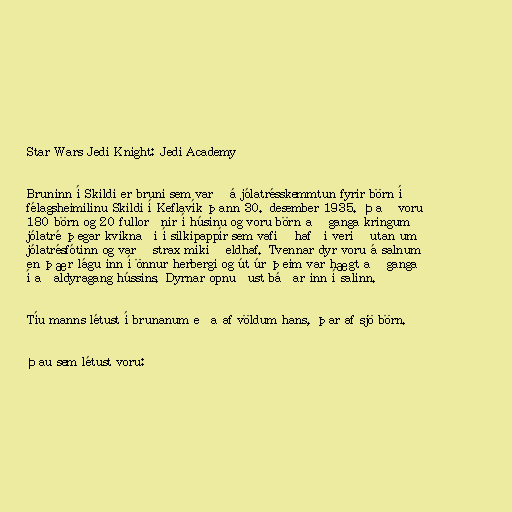
Star Wars Jedi Knight: Jedi Academy

Bruninn í Skildi er bruni sem varð á jólatrésskemmtun fyrir börn í
félagsheimilinu Skildi í Keflavík þann 30. desember 1935. Það voru
180 börn og 20 fullorðnir í húsinu og voru börn að ganga kringum
jólatré þegar kviknaði í silkipappír sem vafið hafði verið utan um
jólatrésfótinn og varð strax mikið eldhaf. Tvennar dyr voru á salnum
en þær lágu inn í önnur herbergi og út úr þeim var hægt að ganga
í aðaldyragang hússins. Dyrnar opnuðust báðar inn í salinn.

Tíu manns létust í brunanum eða af völdum hans, þar af sjö börn.

Þau sem létust voru: